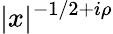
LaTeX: |x|^{-1/2+i\rho}